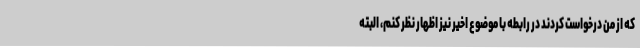
که از من درخواست کردند در رابطه با موضوع اخیر نیز اظهار نظر کنم، البته